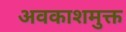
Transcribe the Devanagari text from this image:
अवकाशमुक्त